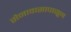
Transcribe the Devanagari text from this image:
सेनावासापासून